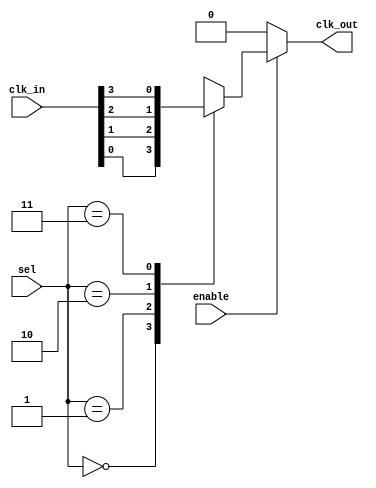
module ClockMultiplexerBuffer #(
    parameter NUM_CLOCKS = 4 // Number of clock inputs
)(
    input wire [NUM_CLOCKS-1:0] clk_in,   // Multiple clock inputs
    input wire [clog2(NUM_CLOCKS)-1:0] sel, // Selection input based on number of clocks
    input wire enable,                     // Enable signal
    output reg clk_out                     // Output clock
);

// Function to calculate logarithm base 2
function integer clog2;
    input integer value;
    begin
        value = value - 1;
        for (clog2 = 0; value > 0; clog2 = clog2 + 1) 
            value = value >> 1;
    end
endfunction

always @(*) begin
    if (enable) begin
        case (sel)
            2'b00: clk_out = clk_in[0];
            2'b01: clk_out = clk_in[1];
            2'b10: clk_out = clk_in[2];
            2'b11: clk_out = clk_in[3];
            default: clk_out = 0; // Shouldn't happen since sel is limited
        endcase
    end else begin
        clk_out = 1'b0; // Hold low when not enabled
    end
end

endmodule